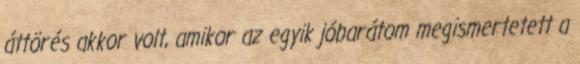
áttörés akkor volt, amikor az egyik jóbarátom megismertetett a